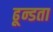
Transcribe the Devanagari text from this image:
ढून्डता